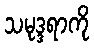
သမုဒ္ဒရာကို